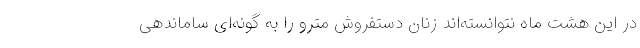
در این هشت ماه نتوانسته‌اند زنان دستفروش مترو را به گونه‌ای ساماندهی